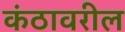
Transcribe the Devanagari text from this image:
कंठावरील